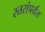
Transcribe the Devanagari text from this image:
स्तरांपर्यंत